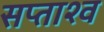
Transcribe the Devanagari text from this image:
सप्ताश्व